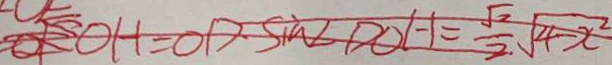
D H = O D : \sin \angle D O C - 1 = \frac { \sqrt { 2 } } { 2 } \sqrt { 4 - x ^ { 2 } }